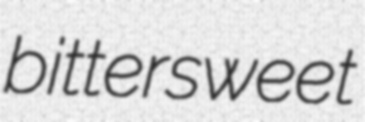
bittersweet